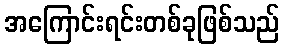
အကြောင်းရင်းတစ်ခုဖြစ်သည်